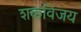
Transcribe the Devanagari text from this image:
शकविजय